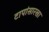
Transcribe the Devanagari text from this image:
टापांसारखा